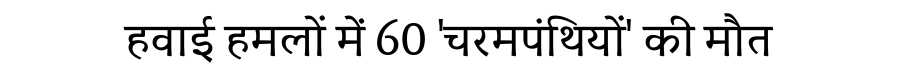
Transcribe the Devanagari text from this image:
हवाई हमलों में 60 'चरमपंथियों' की मौत